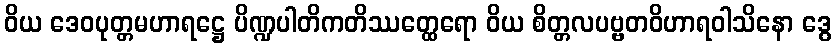
ဝိယ ဒေဝပုတ္တမဟာရဋ္ဌေ ပိဏ္ဍပါတိကတိဿတ္ထေရော ဝိယ စိတ္တလပဗ္ဗတဝိဟာရဝါသိနော ဒွေ